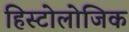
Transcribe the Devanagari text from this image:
हिस्टोलोजिक